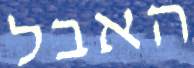
האבל